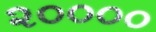
૨૦૦૦૦